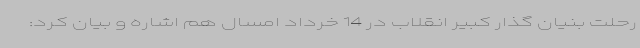
رحلت بنیان گذار کبیر انقلاب در 14 خرداد امسال هم اشاره و بیان کرد: